Report of the Indian Hemp Drugs Commission, 1894-1895 - Volume I
Year: 1894
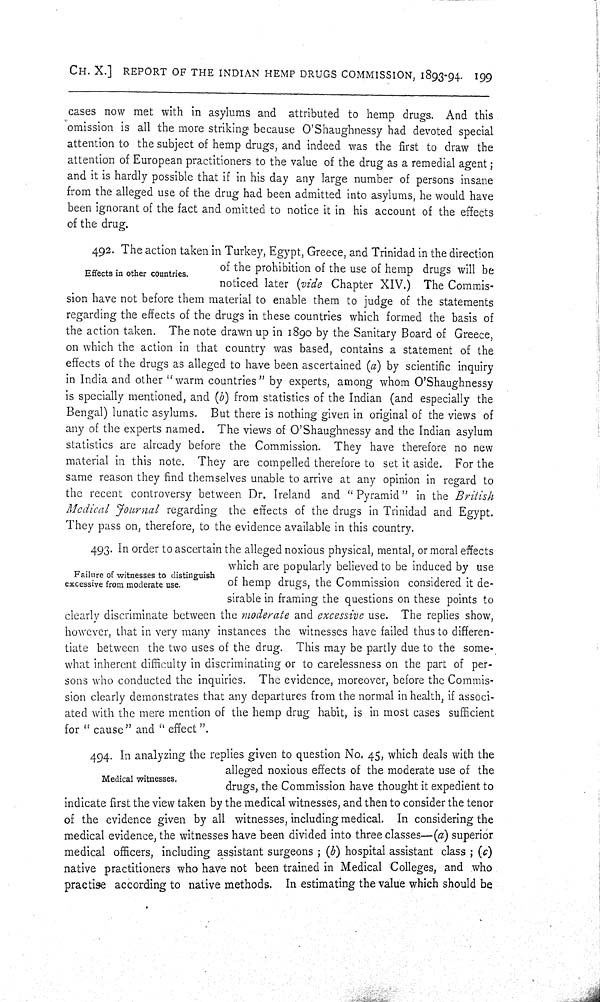
CH. X.] REPORT OF THE INDIAN HEMP DRUGS COMMISSION, 1893-94. 199
cases now met with in asylums and attributed to hemp drugs. And this
omission is all the more striking because O'Shaughnessy had devoted special
attention to the subject of hemp drugs, and indeed was the first to draw the
attention of European practitioners to the value of the drug as a remedial agent;
and it is hardly possible that if in his day any large number of persons insane
from the alleged use of the drug had been admitted into asylums, he would have
been ignorant of the fact and omitted to notice it in his account of the effects
of the drug.
Effects in other countries.
492. The action taken in Turkey, Egypt, Greece, and Trinidad in the direction
of the prohibition of the use of hemp drugs will be
noticed later (vide Chapter XIV.) The Commis-
sion have not before them material to enable them to judge of the statements
regarding the effects of the drugs in these countries which formed the basis of
the action taken. The note drawn up in 1890 by the Sanitary Board of Greece,
on which the action in that country was based, contains a statement of the
effects of the drugs as alleged to have been ascertained (a) by scientific inquiry
in India and other "warm countries" by experts, among whom O'Shaughnessy
is specially mentioned, and (b) from statistics of the Indian (and especially the
Bengal) lunatic asylums. But there is nothing given in original of the views of
any of the experts named. The views of O'Shaughnessy and the Indian asylum
statistics are already before the Commission. They have therefore no new
material in this note. They are compelled therefore to set it aside. For the
same reason they find themselves unable to arrive at any opinion in regard to
the recent controversy between Dr. Ireland and "Pyramid" in the
British
Medical Journal
regarding the effects of the drugs in Trinidad and Egypt.
They pass on, therefore, to the evidence available in this country.
Failure of witnesses to distinguish
excessive from moderate use.
493. In order to ascertain the alleged noxious physical, mental, or moral effects
which are popularly believed to be induced by use
of hemp drugs, the Commission considered it de-
sirable in framing the questions on these points to
clearly discriminate between the moderate and excessive use. The replies show,
however, that in very many instances the witnesses have failed thus to differen-
tiate between the two uses of the drug. This may be partly due to the some-
what inherent difficulty in discriminating or to carelessness on the part of per-
sons who conducted the inquiries. The evidence, moreover, before the Commis-
sion clearly demonstrates that any departures from the normal in health, if associ-
ated with the mere mention of the hemp drug habit, is in most cases sufficient
for "cause" and "effect".
Medical witnesses.
494. In analyzing the replies given to question No. 45, which deals with the
alleged noxious effects of the moderate use of the
drugs, the Commission have thought it expedient to
indicate first the view taken by the medical witnesses, and then to consider the tenor
of the evidence given by all witnesses, including medical. In considering the
medical evidence, the witnesses have been divided into three classes— (a) superior
medical officers, including assistant surgeons ; (b) hospital assistant class ; (c)
native practitioners who have not been trained in Medical Colleges, and who
practise according to native methods. In estimating the value which should be